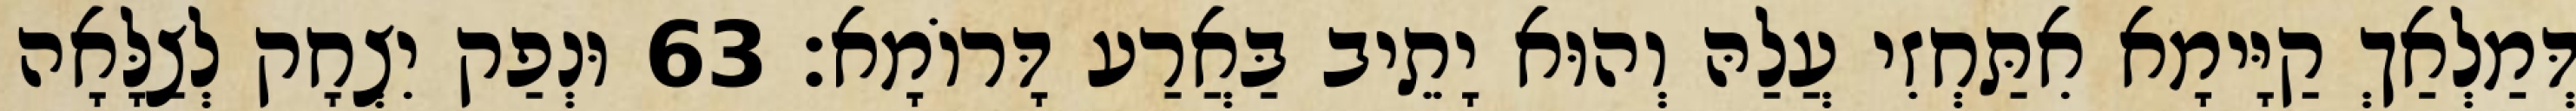
דְּמַלְאַךְ קַיָּימָא אִתַּחְזִי עֲלַהּ וְהוּא יָתֵיב בַּאֲרַע דָּרוֹמָא׃ 63 וּנְפַק יִצְחָק לְצַלָּאָה